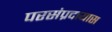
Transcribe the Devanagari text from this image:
परसंप्रदायास